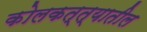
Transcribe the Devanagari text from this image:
कोलकत्त्यातील